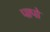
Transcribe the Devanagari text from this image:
पापो